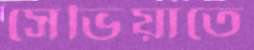
সেভিয়াতে